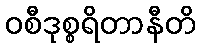
ဝစီဒုစ္စရိတာနီတိ